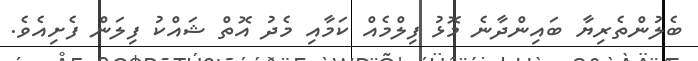
ބެލުންތެރިޔާ ބައިންދާނެ މޮޅު ފިލްމެއް ކަމާއި މެދު އޮތް ޝައްކު ފިލަން ފެށިއެވެ.